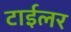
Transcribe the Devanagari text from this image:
टाईलर